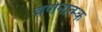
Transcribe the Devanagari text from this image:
वर्णनात्म्क